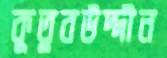
কুতুবউদ্দীন